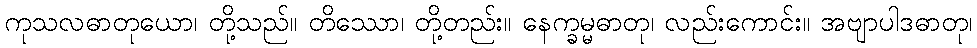
ကုသလဓာတုယော၊ တို့သည်။ တိဿော၊ တို့တည်း။ နေက္ခမ္မဓာတု၊ လည်းကောင်း။ အဗျာပါဒဓာတု၊